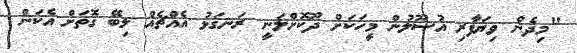
"މިދެން ވިޔަފާރި އުޞޫލުން މީހަކަށް ދޫކޮށްލަނީ ރަނގަޅު އެއްޗެއް ލިބޭ ގޮތަށް އެކަން